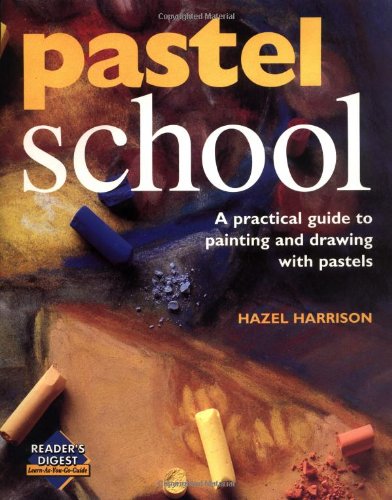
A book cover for Pastel school (Learn as You Go); Hazel Harrison; Arts & Photography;